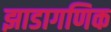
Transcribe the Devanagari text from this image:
झाडागणिक